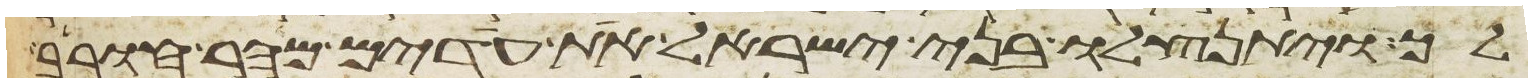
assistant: לך ויתנצלו בני ישראל את עדים מהר חורב